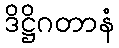
ဒိဋ္ဌိဂတာနံ